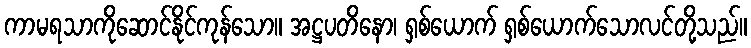
ကာမရသာကိုဆောင်နိုင်ကုန်သော။ အဋ္ဌပတိနော၊ ရှစ်ယောက် ရှစ်ယောက်သောလင်တို့သည်။